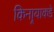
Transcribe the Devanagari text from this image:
किनार्‍याकडे